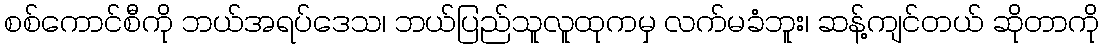
စစ်ကောင်စီကို ဘယ်အရပ်ဒေသ၊ ဘယ်ပြည်သူလူထုကမှ လက်မခံဘူး၊ ဆန့်ကျင်တယ် ဆိုတာကို